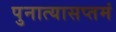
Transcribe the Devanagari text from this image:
पुनात्यासप्तमं